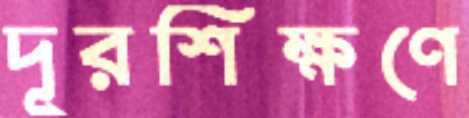
দূরশিক্ষণে